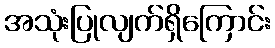
အသုံးပြုလျက်ရှိကြောင်း